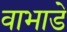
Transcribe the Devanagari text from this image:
वाभाडे